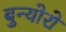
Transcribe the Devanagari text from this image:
बुन्योरो